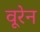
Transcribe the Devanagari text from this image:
वूरेन